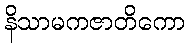
နိသာမကဇာတိကော